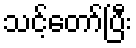
သင့်တော်ပြီး